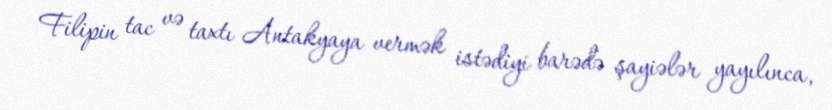
Filipin tac və taxtı Antakyaya vermək istədiyi barədə şayiələr yayılınca,